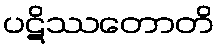
ပဋိဿတောတိ